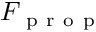
F _ { \mathrm { ~ p ~ r ~ o ~ p ~ } }